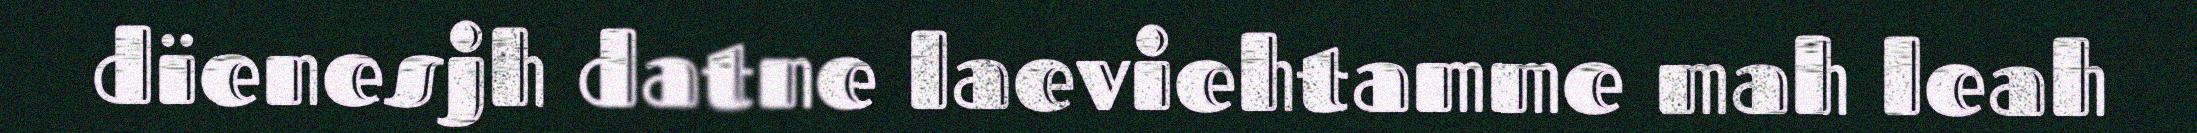
dïenesjh datne laeviehtamme mah leah